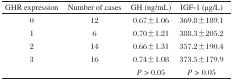
<table><thead><tr><td><b>GHR expression</b></td><td><b>Number of cases</b></td><td><b>GH (ng/mL)</b></td><td><b>IGF-1 (μg/L)</b></td></tr></thead><tbody><tr><td>0</td><td>12</td><td>0.67±1.06</td><td>369.8±189.1</td></tr><tr><td>1</td><td>6</td><td>0.70±1.21</td><td>388.3±205.2</td></tr><tr><td>2</td><td>14</td><td>0.66±1.31</td><td>357.2±190.4</td></tr><tr><td>3</td><td>16</td><td>0.74±1.08</td><td>373.5±179.9</td></tr><tr><td></td><td></td><td><i>P &gt;</i> 0.05</td><td><i>P &gt;</i> 0.05</td></tr></tbody></table>